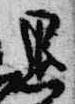
退